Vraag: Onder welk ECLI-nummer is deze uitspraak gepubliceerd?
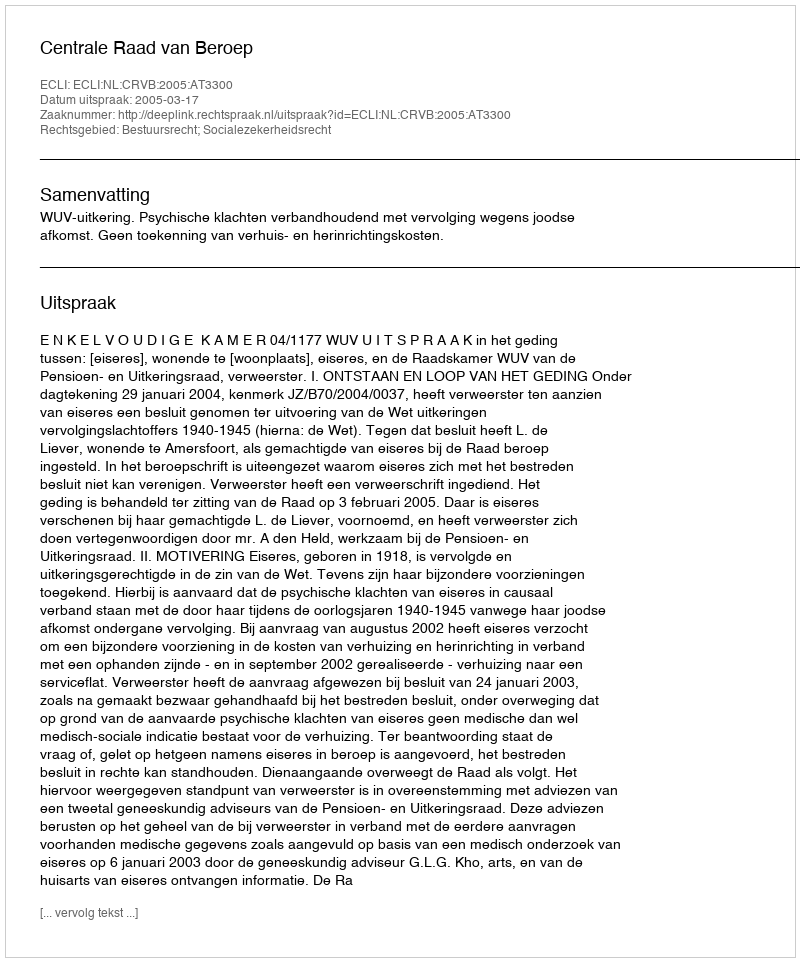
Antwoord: ECLI:NL:CRVB:2005:AT3300